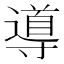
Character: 導